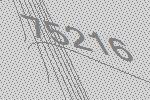
75216